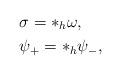
LaTeX: \begin{align*}&\sigma=*_h \omega,\\&\psi_+=*_h\psi_-,\end{align*}